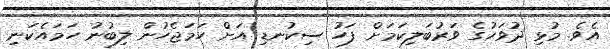
އެވެ. މުޅި ދުވަހުގެ ވަރުބަލިކަމަށް ފަހު ސިކުނޑި އަށް ހަމަޖެހުން ލިބުނު ހަމައެކަނި